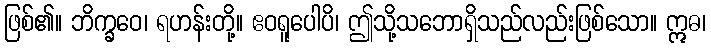
ဖြစ်၏။ ဘိက္ခဝေ၊ ရဟန်းတို့။ ဧဝရူပေါပိ၊ ဤသို့သဘောရှိသည်လည်းဖြစ်သော။ ဣဓ၊